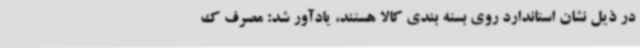
در ذیل نشان استاندارد روی بسته بندی کالا هستند، یادآور شد: مصرف ک